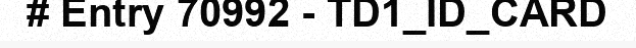
# Entry 70992 - TD1_ID_CARD